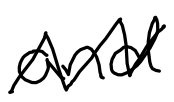
Text: and
Cross-out: zig-zag
Writing tool: digital_black